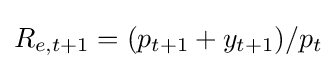
R_{e,t+1}=(p_{t+1}+y_{t+1})/p_{t}